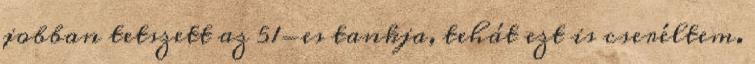
jobban tetszett az 51-es tankja, tehát ezt is cseréltem.